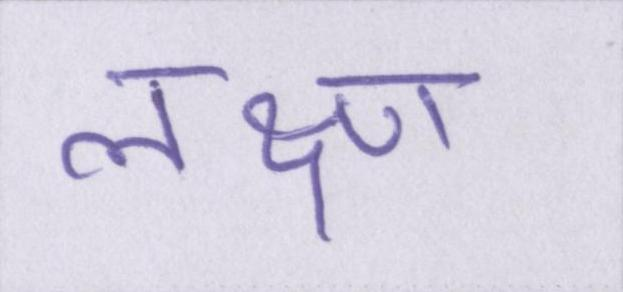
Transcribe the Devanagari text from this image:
लक्ष्ण